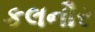
કલનૌર